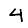
Digit: 4